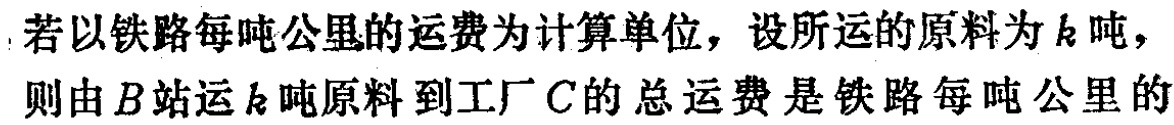
若以铁路每吨公里的运费为计算单位，设所运的原料为\(k\)吨，则由\(B站\)运\(k\)吨原料到工厂\(C\)的总运费是铁路每吨公里的